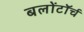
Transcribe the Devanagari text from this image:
बलोंटॉर्च